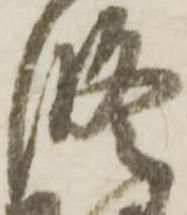
修